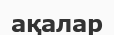
ақалар